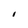
Character: I